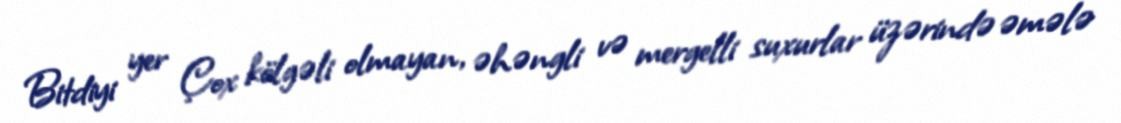
Bitdiyi yer Çox kölgəli olmayan, əhəngli və mergelli suxurlar üzərində əmələ